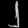
Digit: ၂